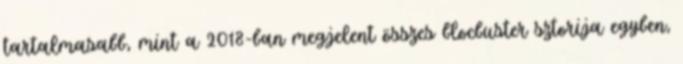
tartalmasabb, mint a 2018-ban megjelent összes blocbuster sztorija egyben,